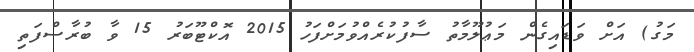
މަގު) އަށް ވަޑައިގެން މަޢުލޫމާތު ސާފުކުރެއްވުމަށްފަހު 2015 އޮކްޓޫބަރު 15 ވާ ބުރާސްފަތި